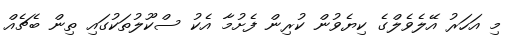
މި އަހަރު އޭލެވެލްގެ ކިޔެވުން ކުރިން ފެށުމާ އެކު ސްކޫލުތަކުގައި ތިން ބެޗެއް